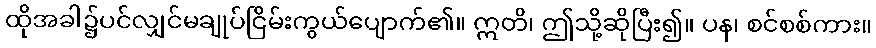
ထိုအခါ၌ပင်လျှင်မချုပ်ငြိမ်းကွယ်ပျောက်၏။ ဣတိ၊ ဤသို့ဆိုပြီး၍။ ပန၊ စင်စစ်ကား။